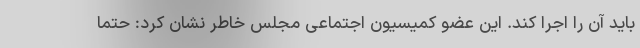
باید آن را اجرا کند. این عضو کمیسیون اجتماعی مجلس خاطر نشان کرد: حتما